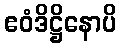
ဧဝံဒိဋ္ဌိနောပိ